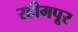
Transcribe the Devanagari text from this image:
रहीमपूर